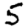
Digit: 5